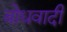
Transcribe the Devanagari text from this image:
बोधवादी